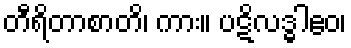
တီရိတာစာတိ၊ ကား။ ပဋိလဒ္ဓါဧဝ၊